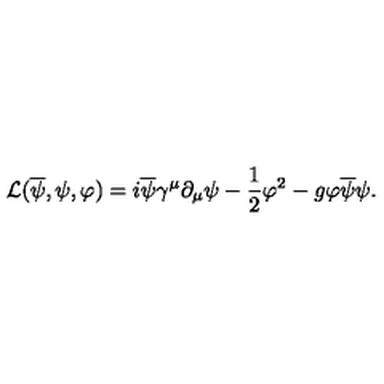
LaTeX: { \cal L } ( \overline { { \psi } } , \psi , \varphi ) = i \overline { { \psi } } \gamma ^ { \mu } \partial _ { \mu } \psi - \frac { 1 } { 2 } \varphi ^ { 2 } - g \varphi \overline { { \psi } } \psi .